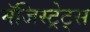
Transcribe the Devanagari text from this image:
मॅजिस्ट्रेट्स